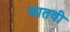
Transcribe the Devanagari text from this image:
आतवी